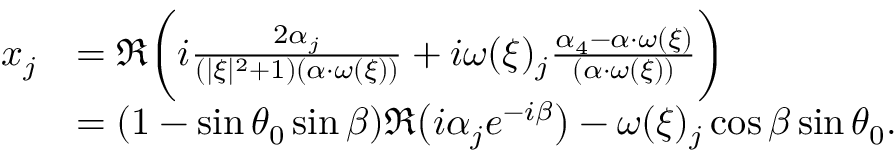
\begin{array} { r l } { x _ { j } } & { = \Re \bigg ( i \frac { 2 \alpha _ { j } } { ( | \xi | ^ { 2 } + 1 ) ( \alpha \cdot \omega ( \xi ) ) } + i \omega ( \xi ) _ { j } \frac { \alpha _ { 4 } - \alpha \cdot \omega ( \xi ) } { ( \alpha \cdot \omega ( \xi ) ) } \bigg ) } \\ & { = ( 1 - \sin \theta _ { 0 } \sin \beta ) \Re \big ( i \alpha _ { j } e ^ { - i \beta } \big ) - \omega ( \xi ) _ { j } \cos \beta \sin \theta _ { 0 } . } \end{array}